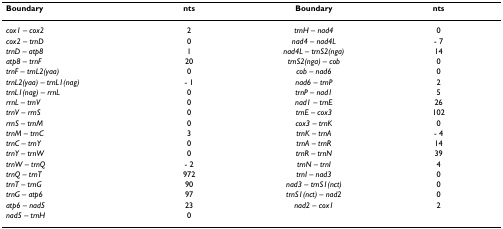
| Boundary | nts | Boundary | nts |
 | --- | --- | --- | --- |
 | cox1 – cox2 | 2 | trnH – nad4 | 0 |
 | cox2 – trnD | 0 | nad4 – nad4L | - 7 |
 | trnD – atp8 | 1 | nad4L – trnS2(nga) | 14 |
 | atp8 – trnF | 20 | trnS2(nga) – cob | 0 |
 | trnF – trnL2(yaa) | 0 | cob – nad6 | 0 |
 | trnL2(yaa) – trnL1(nag) | - 1 | nad6 – trnP | 2 |
 | trnL1(nag) – rrnL | 0 | trnP – nad1 | 5 |
 | rrnL – trnV | 0 | nad1 – trnE | 26 |
 | trnV – rrnS | 0 | trnE – cox3 | 102 |
 | rrnS – trnM | 0 | cox3 – trnK | 0 |
 | trnM – trnC | 3 | trnK – trnA | - 4 |
 | trnC – trnY | 0 | trnA – trnR | 14 |
 | trnY – trnW | 0 | trnR – trnN | 39 |
 | trnW – trnQ | - 2 | trnN – trnI | 4 |
 | trnQ – trnT | 972 | trnI – nad3 | 0 |
 | trnT – trnG | 90 | nad3 – trnS1(nct) | 0 |
 | trnG – atp6 | 97 | trnS1(nct) – nad2 | 0 |
 | atp6 – nad5 | 23 | nad2 – cox1 | 2 |
 | nad5 – trnH | 0 |  |  |